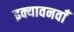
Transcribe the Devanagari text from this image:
इक्यावनवाँ